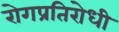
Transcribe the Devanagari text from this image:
रोगप्रतिरोधी